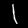
Digit: 1